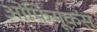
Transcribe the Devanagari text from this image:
ओफियूकस